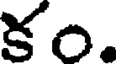
కం.